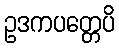
ဥဒကပတ္တေပိ